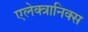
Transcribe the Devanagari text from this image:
एलेक्त्रानिक्स